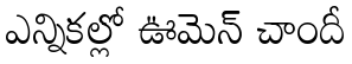
ఎన్నికల్లో ఊమెన్ చాందీ